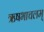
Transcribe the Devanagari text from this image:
ऋषभाचलम्